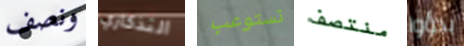
ونصف التذكاري تستوعب منتصف بدؤوا